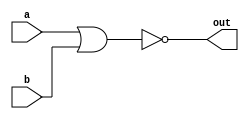
module top_module( 
    input a, 
    input b, 
    output out );

  assign out = ~(a | b);
    
endmodule